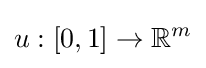
u:[0,1]\to \mathbb {R} ^{m}